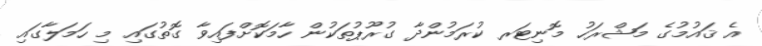
އެ ޤައުމުގެ މަޝްރަހު މޮނިޓަރ ކުރަމުންދާ ގުރޫޕުތަކުން ހާމަކޮށްފައިވާ ގޮތުގައި މި ހަމަލާގައި